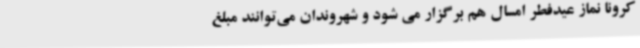
کرونا نماز عیدفطر امسال هم برگزار می شود و شهروندان می‌توانند مبلغ